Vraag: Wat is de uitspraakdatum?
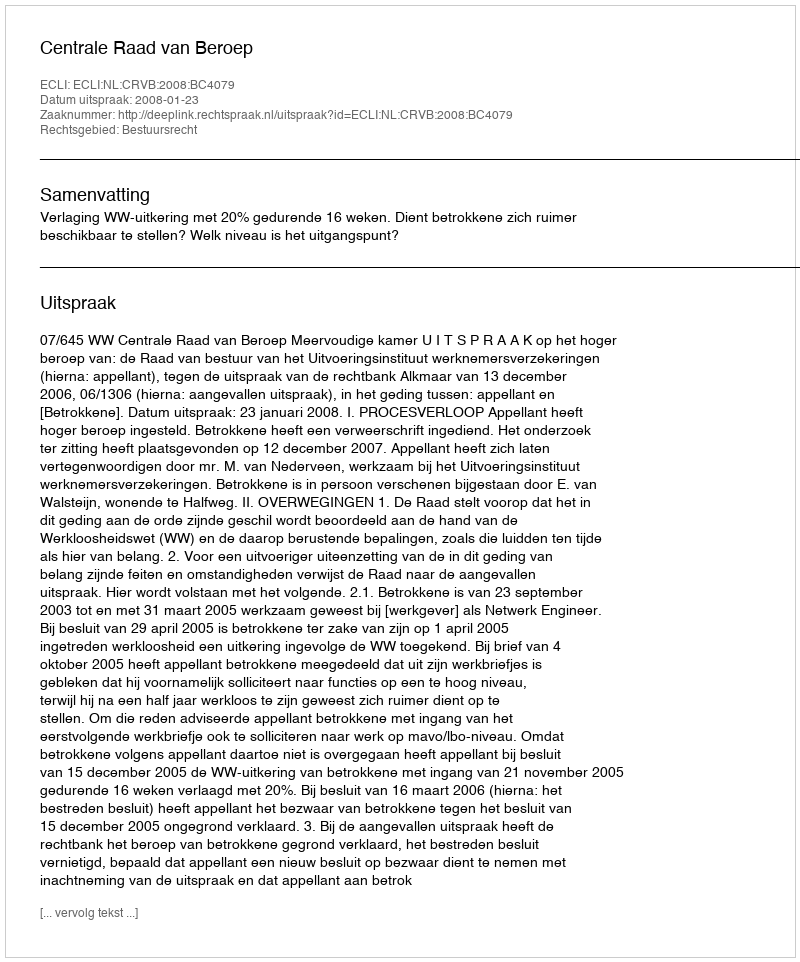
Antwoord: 2008-01-23